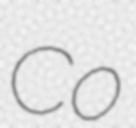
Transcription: Co